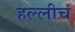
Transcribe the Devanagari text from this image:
हल्लीचं